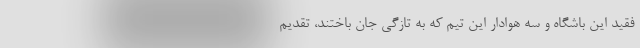
فقید این باشگاه و سه هوادار این تیم که به تازگی جان باختند، تقدیم